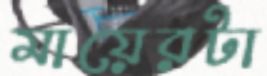
মায়েরটা